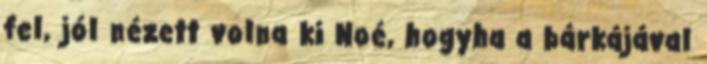
fel, jól nézett volna ki Noé, hogyha a bárkájával